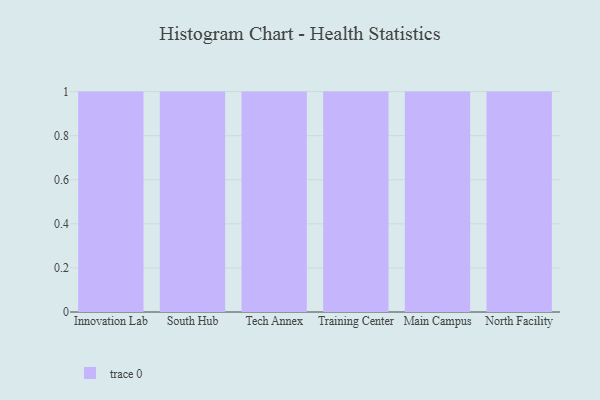
{"axis": {"x": "Campus", "y": "LTV (USD)"}, "legend": [""], "data": [{"x": "Innovation Lab", "y": 81, "type": ""}, {"x": "South Hub", "y": 32, "type": ""}, {"x": "Tech Annex", "y": 7, "type": ""}, {"x": "Training Center", "y": 76, "type": ""}, {"x": "Main Campus", "y": 62, "type": ""}, {"x": "North Facility", "y": 62, "type": ""}]}